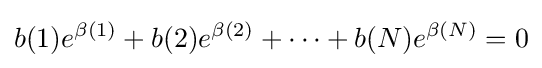
b(1)e^{\beta (1)}+b(2)e^{\beta (2)}+\cdots +b(N)e^{\beta (N)}=0